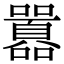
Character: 囂